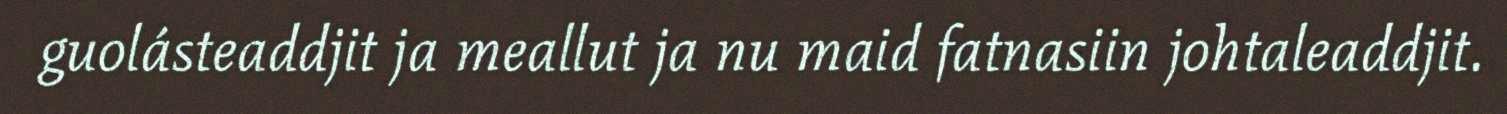
guolásteaddjit ja meallut ja nu maid fatnasiin johtaleaddjit.